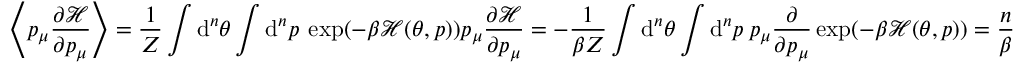
\left\langle p _ { \mu } \frac { \partial \mathcal { H } } { \partial p _ { \mu } } \right\rangle = \frac { 1 } { Z } \int \mathrm { d } ^ { n } \theta \int \mathrm { d } ^ { n } p \: \exp ( - \beta \mathcal { H } ( \theta , p ) ) p _ { \mu } \frac { \partial \mathcal { H } } { \partial p _ { \mu } } = - \frac { 1 } { \beta Z } \int \mathrm { d } ^ { n } \theta \int \mathrm { d } ^ { n } p \: p _ { \mu } \frac { \partial } { \partial p _ { \mu } } \exp ( - \beta \mathcal { H } ( \theta , p ) ) = \frac { n } { \beta }